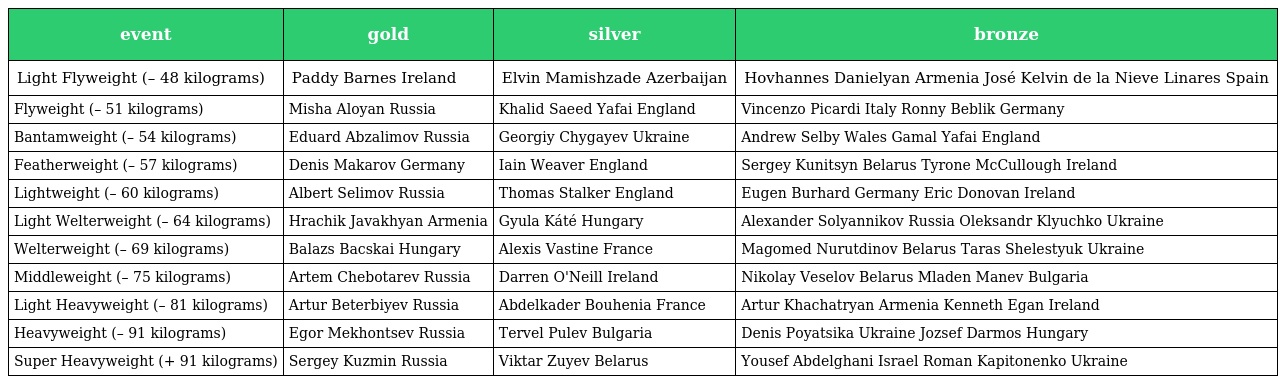
| event | gold | silver | bronze |
 | --- | --- | --- | --- |
 | Light Flyweight (– 48 kilograms) | Paddy Barnes Ireland | Elvin Mamishzade Azerbaijan | Hovhannes Danielyan Armenia José Kelvin de la Nieve Linares Spain |
 | Flyweight (– 51 kilograms) | Misha Aloyan Russia | Khalid Saeed Yafai England | Vincenzo Picardi Italy Ronny Beblik Germany |
 | Bantamweight (– 54 kilograms) | Eduard Abzalimov Russia | Georgiy Chygayev Ukraine | Andrew Selby Wales Gamal Yafai England |
 | Featherweight (– 57 kilograms) | Denis Makarov Germany | Iain Weaver England | Sergey Kunitsyn Belarus Tyrone McCullough Ireland |
 | Lightweight (– 60 kilograms) | Albert Selimov Russia | Thomas Stalker England | Eugen Burhard Germany Eric Donovan Ireland |
 | Light Welterweight (– 64 kilograms) | Hrachik Javakhyan Armenia | Gyula Káté Hungary | Alexander Solyannikov Russia Oleksandr Klyuchko Ukraine |
 | Welterweight (– 69 kilograms) | Balazs Bacskai Hungary | Alexis Vastine France | Magomed Nurutdinov Belarus Taras Shelestyuk Ukraine |
 | Middleweight (– 75 kilograms) | Artem Chebotarev Russia | Darren O'Neill Ireland | Nikolay Veselov Belarus Mladen Manev Bulgaria |
 | Light Heavyweight (– 81 kilograms) | Artur Beterbiyev Russia | Abdelkader Bouhenia France | Artur Khachatryan Armenia Kenneth Egan Ireland |
 | Heavyweight (– 91 kilograms) | Egor Mekhontsev Russia | Tervel Pulev Bulgaria | Denis Poyatsika Ukraine Jozsef Darmos Hungary |
 | Super Heavyweight (+ 91 kilograms) | Sergey Kuzmin Russia | Viktar Zuyev Belarus | Yousef Abdelghani Israel Roman Kapitonenko Ukraine |